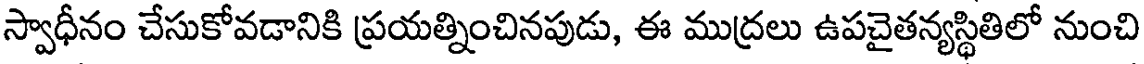
స్వాధీనం చేసుకోవడానికి ప్రయత్నించినపుడు, ఈ ముద్రలు ఉపచైతన్యస్థితిలో నుంచి